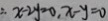
\therefore x - 2 y = 0 , x - y = 0